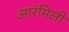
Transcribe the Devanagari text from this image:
आरंमिली